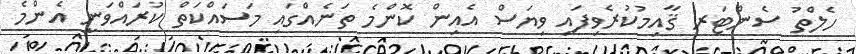
ހެލްތު ސެންޓަރ ޤާއިމުކުރެވިފައި ވިޔަސް އެއިން ކޮންމެ ތަނެއްގައި މަސައްކަތް ކުރައްވަނީ އެންމެ